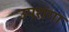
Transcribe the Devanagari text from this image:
उपरांगा